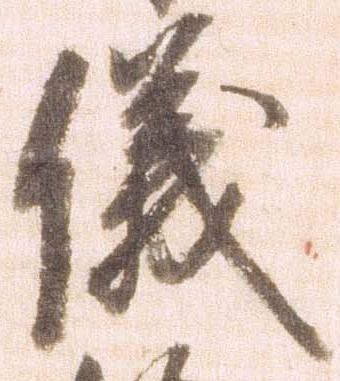
儀